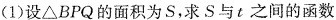
(1)设△BPQ的面积为S，求S与t之间的函数